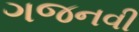
ગજનવી